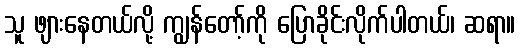
သူ ဖျားနေတယ်လို့ ကျွန်တော့်ကို ပြောခိုင်းလိုက်ပါတယ်၊ ဆရာ။